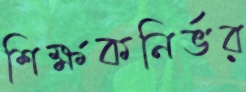
শিক্ষকনির্ভর